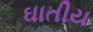
ઘાતીય